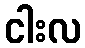
ငါးလ